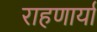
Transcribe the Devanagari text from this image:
राहणार्या